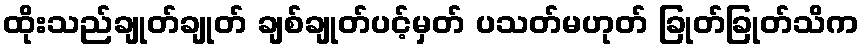
ထိုးသည်ချုတ်ချုတ် ချစ်ချုတ်ပင့်မှတ် ပသတ်မဟုတ် ခြုတ်ခြုတ်သိက